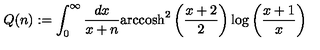
Q ( n ) : = \int _ { 0 } ^ { \infty } \frac { d x } { x + n } \mathrm { a r c c o s h } ^ { 2 } \left( \frac { x + 2 } { 2 } \right) \log \left( \frac { x + 1 } { x } \right)